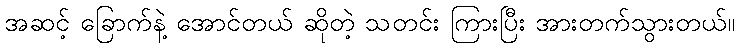
အဆင့် ခြောက်နဲ့ အောင်တယ် ဆိုတဲ့ သတင်း ကြားပြီး အားတက်သွားတယ်။